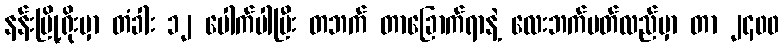
နန်းမြို့ရိုးမှာ တံခါး ၁၂ ပေါက်ပါပြီး တဘက် တာခြောက်ရာနဲ့ လေးဘက်ပတ်လည်မှာ တာ ၂၄၀၀